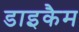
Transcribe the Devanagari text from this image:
डाइकैम